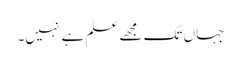
جہاں تک مجھے علم ہے نہیں۔